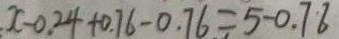
x - 0 . 2 4 + 0 . 7 6 - 0 . 7 6 = 5 - 0 . 7 6